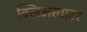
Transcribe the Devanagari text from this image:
क्लिअरवाटर